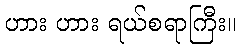
ဟား ဟား ရယ်စရာကြီး။